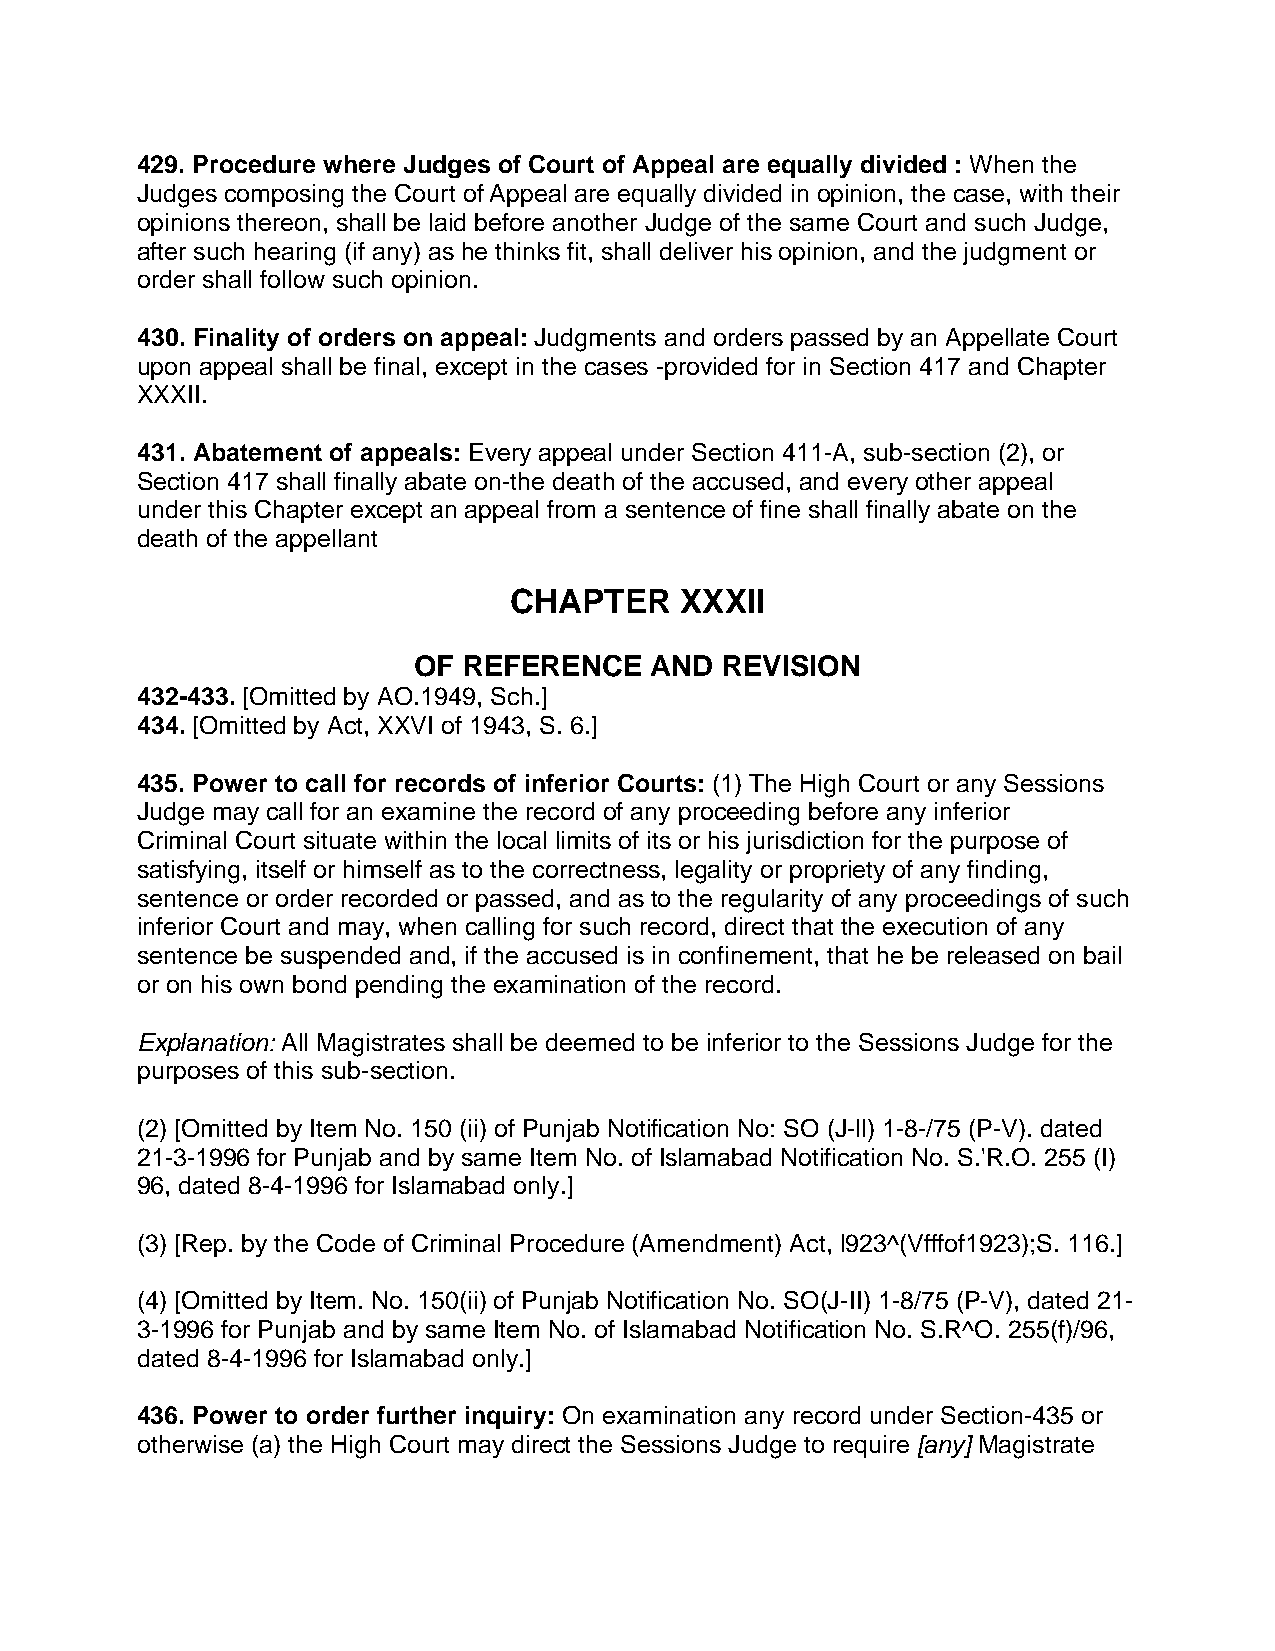
429. Procedure where Judges of Court of Appeal are equally divided : When the
 Judges composing the Court of Appeal are equally divided in opinion, the case, with their
 opinions thereon, shall be laid before another Judge of the same Court and such Judge,
 after such hearing (if any) as he thinks fit, shall deliver his opinion, and the judgment or
 order shall follow such opinion.
 430. Finality of orders on appeal: Judgments and orders passed by an Appellate Court
 upon appeal shall be final, except in the cases -provided for in Section 417 and Chapter
 XXXII.
 431. Abatement of appeals: Every appeal under Section 411-A, sub-section (2), or
 Section 417 shall finally abate on-the death of the accused, and every other appeal
 under this Chapter except an appeal from a sentence of fine shall finally abate on the
 death of the appellant
 CHAPTER    XXXII
 OF  REFERENCE   AND  REVISION
 432-433. [Omitted by AO.1949, Sch.]
 434. [Omitted by Act, XXVI of 1943, S. 6.]
 435. Power to call for records of inferior Courts: (1) The High Court or any Sessions
 Judge may call for an examine the record of any proceeding before any inferior
 Criminal Court situate within the local limits of its or his jurisdiction for the purpose of
 satisfying, itself or himself as to the correctness, legality or propriety of any finding,
 sentence or order recorded or passed, and as to the regularity of any proceedings of such
 inferior Court and may, when calling for such record, direct that the execution of any
 sentence be suspended and, if the accused is in confinement, that he be released on bail
 or on his own bond pending the examination of the record.
 Explanation: All Magistrates shall be deemed to be inferior to the Sessions Judge for the
 purposes of this sub-section.
 (2) [Omitted by Item No. 150 (ii) of Punjab Notification No: SO (J-ll) 1-8-/75 (P-V). dated
 21-3-1996 for Punjab and by same Item No. of Islamabad Notification No. S.'R.O. 255 (I)
 96, dated 8-4-1996 for Islamabad only.]
 (3) [Rep. by the Code of Criminal Procedure (Amendment) Act, l923^(Vfffof1923);S. 116.]
 (4) [Omitted by Item. No. 150(ii) of Punjab Notification No. SO(J-II) 1-8/75 (P-V), dated 21-
 3-1996 for Punjab and by same Item No. of Islamabad Notification No. S.R^O. 255(f)/96,
 dated 8-4-1996 for Islamabad only.]
 436. Power to order further inquiry: On examination any record under Section-435 or
 otherwise (a) the High Court may direct the Sessions Judge to require [any] Magistrate